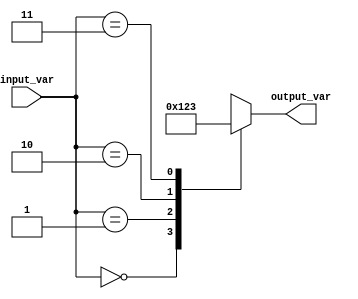
module simple_case_statement (
    input wire [1:0] input_var,
    output reg [3:0] output_var
);

always @* begin
    case(input_var)
        2'b00: output_var = 4'b0000;
        2'b01: output_var = 4'b0001;
        2'b10: output_var = 4'b0010;
        2'b11: output_var = 4'b0011;
        default: output_var = 4'bXXXX; // default case handling
    endcase
end

endmodule